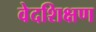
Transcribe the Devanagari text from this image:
वेदशिक्षण